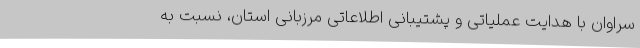
سراوان با هدایت عملیاتی و پشتیبانی اطلاعاتی مرزبانی استان، نسبت به